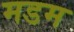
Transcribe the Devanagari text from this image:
मडम